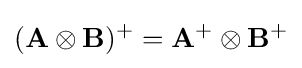
(\mathbf {A} \otimes \mathbf {B} )^{+}=\mathbf {A} ^{+}\otimes \mathbf {B} ^{+}